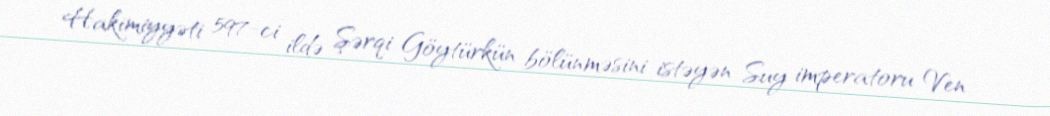
Hakimiyyəti 597-ci ildə Şərqi Göytürkün bölünməsini istəyən Suy imperatoru Ven